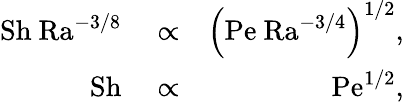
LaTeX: \begin{array}{rlr}{\mathrm{Sh\ Ra^{-3/8}}}&{{}\propto}&{\left(\mathrm{Pe\ Ra^{-3/4}}\right)^{1/2},}\\ {\mathrm{Sh}}&{{}\propto}&{\mathrm{Pe^{1/2},}}\end{array}